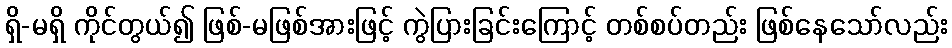
ရှိ-မရှိ ကိုင်တွယ်၍ ဖြစ်-မဖြစ်အားဖြင့် ကွဲပြားခြင်းကြောင့် တစ်စပ်တည်း ဖြစ်နေသော်လည်း